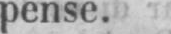
pense.